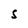
Character: S